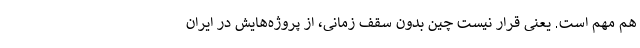
هم مهم است. یعنی قرار نیست چین بدون سقف زمانی، از پروژه‌هایش در ایران